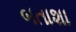
બતાશા